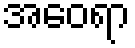
အဝေရာ